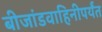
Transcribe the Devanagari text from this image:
बीजांडवाहिनीपर्यंत